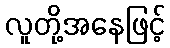
လူတို့အနေဖြင့်